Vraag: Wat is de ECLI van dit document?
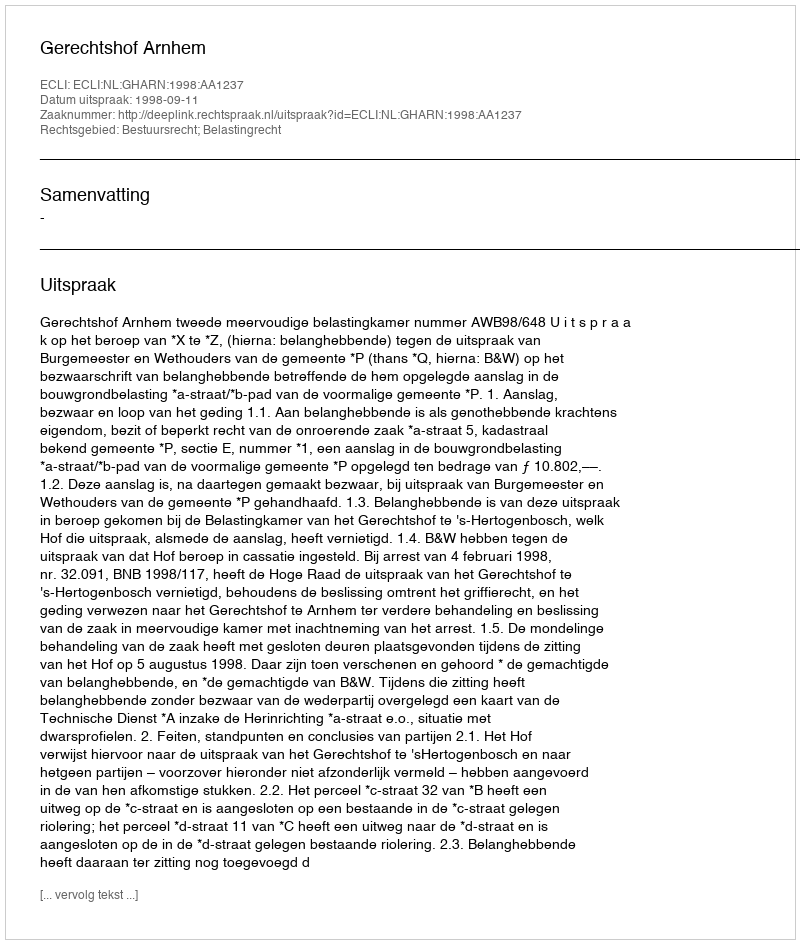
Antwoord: ECLI:NL:GHARN:1998:AA1237